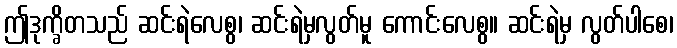
ဤဒုက္ခိတသည် ဆင်းရဲလေစွ၊ ဆင်းရဲမှလွတ်မူ ကောင်းလေစွ။ ဆင်းရဲမှ လွတ်ပါစေ၊